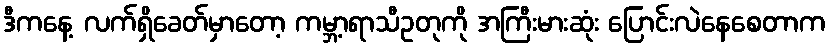
ဒီကနေ့ လက်ရှိခေတ်မှာတော့ ကမ္ဘာ့ရာသီဥတုကို အကြီးမားဆုံး ပြောင်းလဲနေစေတာက